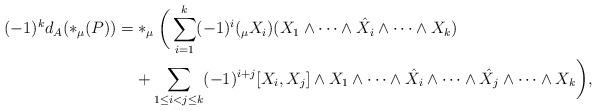
LaTeX: \begin{align*} (-1)^k d_A ( *_\mu(P)) =& *_\mu \bigg( \sum_{i=1}^{k}(-1)^i (_\mu X_i) (X_1 \wedge \cdots \wedge \hat{X_i} \wedge \cdots \wedge X_k)\\&+ \sum_{1 \leq i < j \leq k} (-1)^{i+j} [X_i, X_j]\wedge X_1 \wedge \cdots \wedge\hat{X_i}\wedge \cdots \wedge\hat{X_j}\wedge \cdots \wedge X_k \bigg),\end{align*}